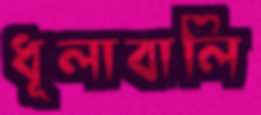
ধূলাবালি